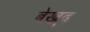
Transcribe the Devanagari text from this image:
बेखुद